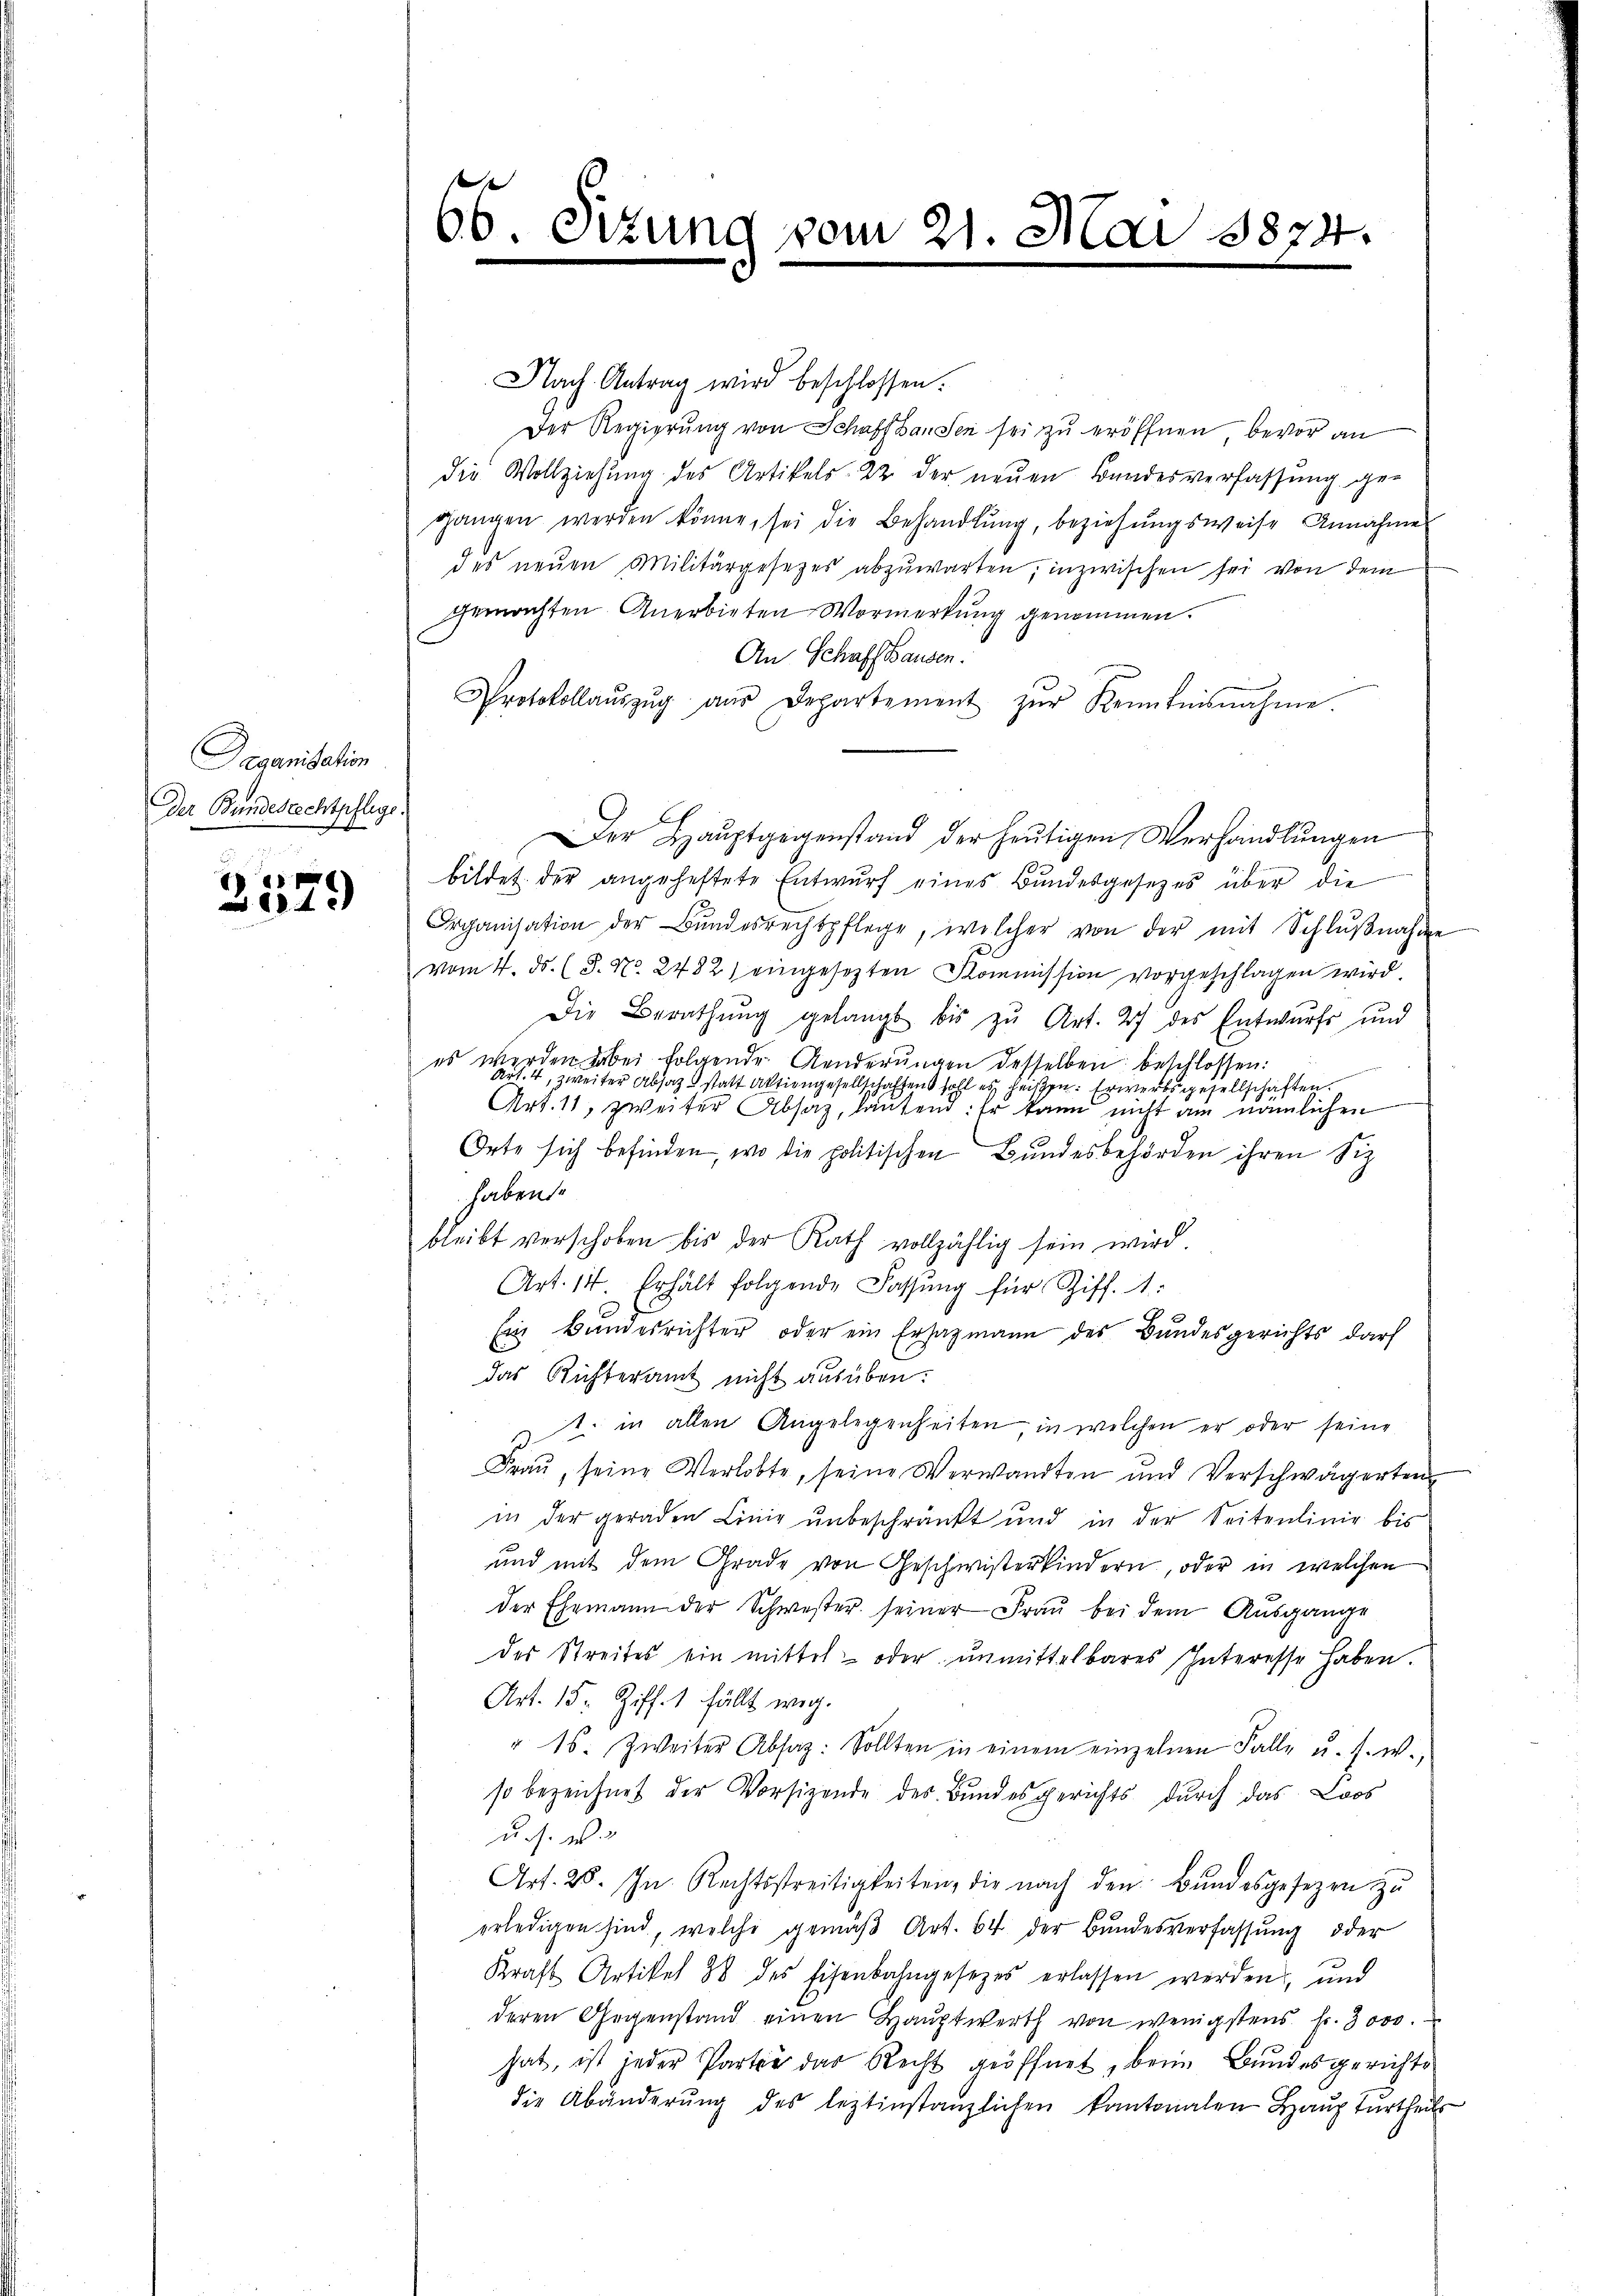
Organisation
Der Bundesrechtpflege.

E
40

66. Sizung vom 21. Mai 1874.

Nach Antrag wird beschlossen:
Der Regierung von Schaffhausen sei zu eröffnen, bevor an
die Vollziehung des Artikels 22. der neuen Bandesverfassung gegangen werden könne, sei die Behandlŭng, beziehŭngsweise Annahme
des neuen Militärgesezes abzuwarten, inzwischen sei von dem
gemachten Anerbieten Vormerkung genommen.
An Schaffhausen.
Protokollaŭszŭg aŭs Departement zŭr Kenntnisnahme.
Der Hauptgegenstand der heutigen Verhandlungen
bildet der angeheftete Entwŭrf eines Bundesgesetzes über die
Organisation der Bŭndesrechtpflege, welcher von der mit Schlŭβnahme
vom 4. ds. (T. No. 2482) eingesetzten Kommission vorgeschlagen wird
Die Berathung gelangt bis zu Art. 27 des Entwurfs und
es werden dabei folgende Aenderungen desselben beschlossen:
Art. 4, zweiter Absatz statt Aktiengesellschaffen soll es heißen. Erwerbsgesellschaften.
Art. 11, zweiter Absaz, lautend. Er kann nicht am nämlichen
Orte sich befinden, wo die politischen Bundesbehörden ihren Siz
haben.
bleibt verschoben bis der Rath vollzählig sein wird.
Art. 14. Erhält folgende Fassŭng für Ziff. 1:
Ein Bundesrichter oder ein Ersatzmann des Bundesgerichts darf
das Richteramt nicht ausüben.
t. in allen Angelegenheiten in welchen er oder seine
Frau, seine Verlobte, seine Verwandten und Verschwägerten
in der geraden Linie unbeschränkt und in der Seitenlinie bis
und mit dem Grade von Geschwisterkindern, oder in welchen
der Ehemann der Schwester seiner Frau bei dem Ausgange
des Streites ein mittel- oder unmittelbares Interesse haben.
Art. 15. Ziff. 1 fällt weg.
" 16. Zweiter Absag: Sollten in einem einzelnen Falle u. s. w.,
so bezeichnet der Vorsitzende des Bundesgerichts durch das Loos
u. s. w.
Art. 28. In Rechtsstreitigkeiten, die nach den Bundesgesezen zu
erledigen sind, welche gemäβ Art. 64 der Bundesverfassung oder
Kraft Artikel 38 des Eisenbahngesezes erlassen werden, und
deren Gegenstand einen Hauptwerth von wenigstens fr. 3000.
hat, ist jeder Parter das Recht geöffnet, beim Bundesgerichte
die Abänderŭng des leztinstanzlichen kantonalen Haŭptŭrtheil